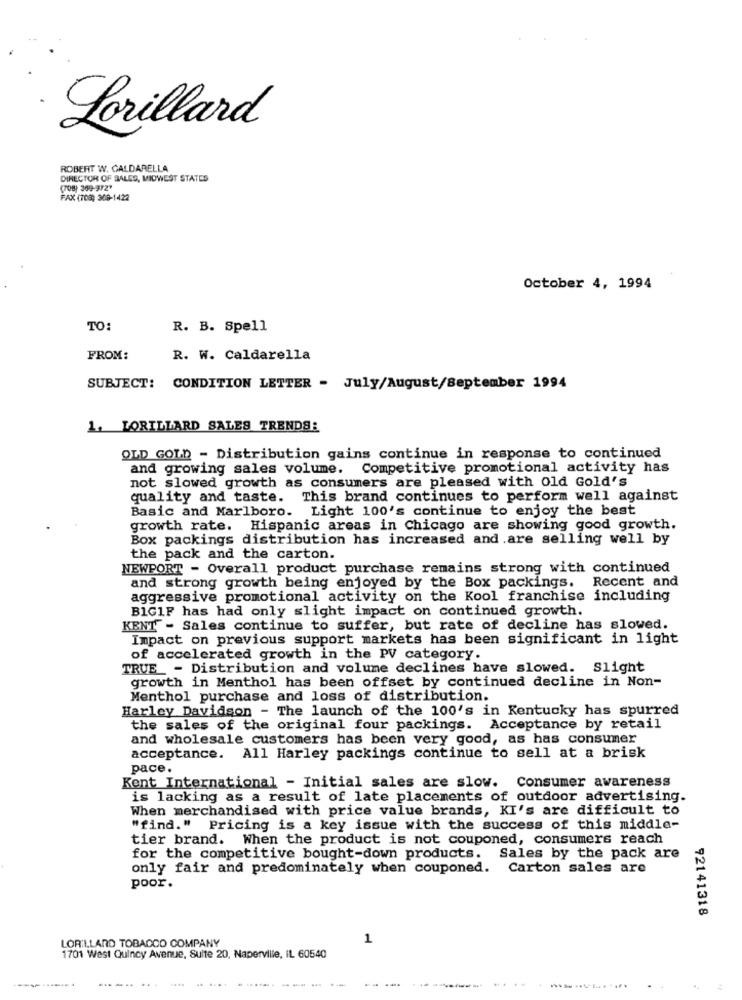
Lorillard
ROBERT W. GALDARELLA
DIRECTOR OF SALES, MIDWEST STATES
(708) 369-972"
FAX (708) 369-1422
October 4, 1994
TO
R. B. Spell
FROM:
R. W. Caldarella
SUBJECT: CONDITION LETTER - July/August/September 1994
1. LORILLARD SALES TRENDS:
OLD GOLD - Distribution gains continue in response to continued
and growing sales volume. Competitive promotional activity has
not slowed growth as consumers are pleased with Old Gold's
quality and taste. This brand continues to perform well against
Basic and Marlboro. Light 100's continue to enjoy the best
growth rate. Hispanic areas in Chicago are showing good growth.
Box packings distribution has increased and .are selling well by
the pack and the carton.
NEWPORT - Overall product purchase remains strong with continued
Recent and
and strong growth being enjoyed by the Box packings.
aggressive promotional activity on the Kool franchise including
BIG1F has had only slight impact on continued growth.
KENT- Sales continue to suffer, but rate of decline has slowed.
Impact on previous support markets has been significant in light
of accelerated growth in the PV category.
TRUE_ - Distribution and volume declines have slowed. Slight
growth in Menthol has been offset by continued decline in Non-
Menthol purchase and loss of distribution.
Harley Davidson - The launch of the 100's in Kentucky has spurred
the sales of the original four packings. Acceptance by retail
and wholesale customers has been very good, as has consumer
acceptance. All Harley packings continue to sell at a brisk
pace.
Kent International - Initial sales are slow. Consumer awareness
is lacking as a result of late placements of outdoor advertising.
When merchandised with price value brands, KI's are difficult to
"find." Pricing is a key issue with the success of this middle-
tier brand. When the product is not couponed, consumers reach
for the competitive bought-down products.
Sales by the pack are
only fair and predominately when couponed. Carton sales are
poor.
92141318
1
LORILLARD TOBADOO COMPANY
1701 West Quincy Avenue, Suite 20, Naperville, IL 60540